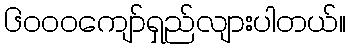
၆၀၀၀ကျော်ရှည်လျားပါတယ်။